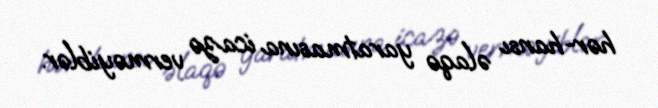
hər-hansı əlaqə yaratmasına icazə verməyiblər.